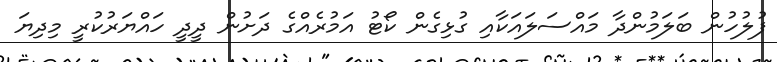
ފުލުހުން ބަލަމުންދާ މައްސަލައަކާއި ގުޅިގެން ކޯޓު އަމުރެއްގެ ދަށުން ދީދީ ހައްޔަރުކުރީ މިދިޔަ